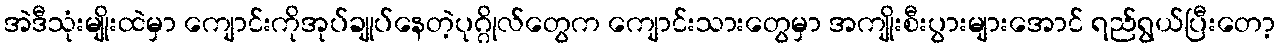
အဲဒီသုံးမျိုးထဲမှာ ကျောင်းကိုအုပ်ချုပ်နေတဲ့ပုဂ္ဂိုလ်တွေက ကျောင်းသားတွေမှာ အကျိုးစီးပွားများအောင် ရည်ရွယ်ပြီးတော့